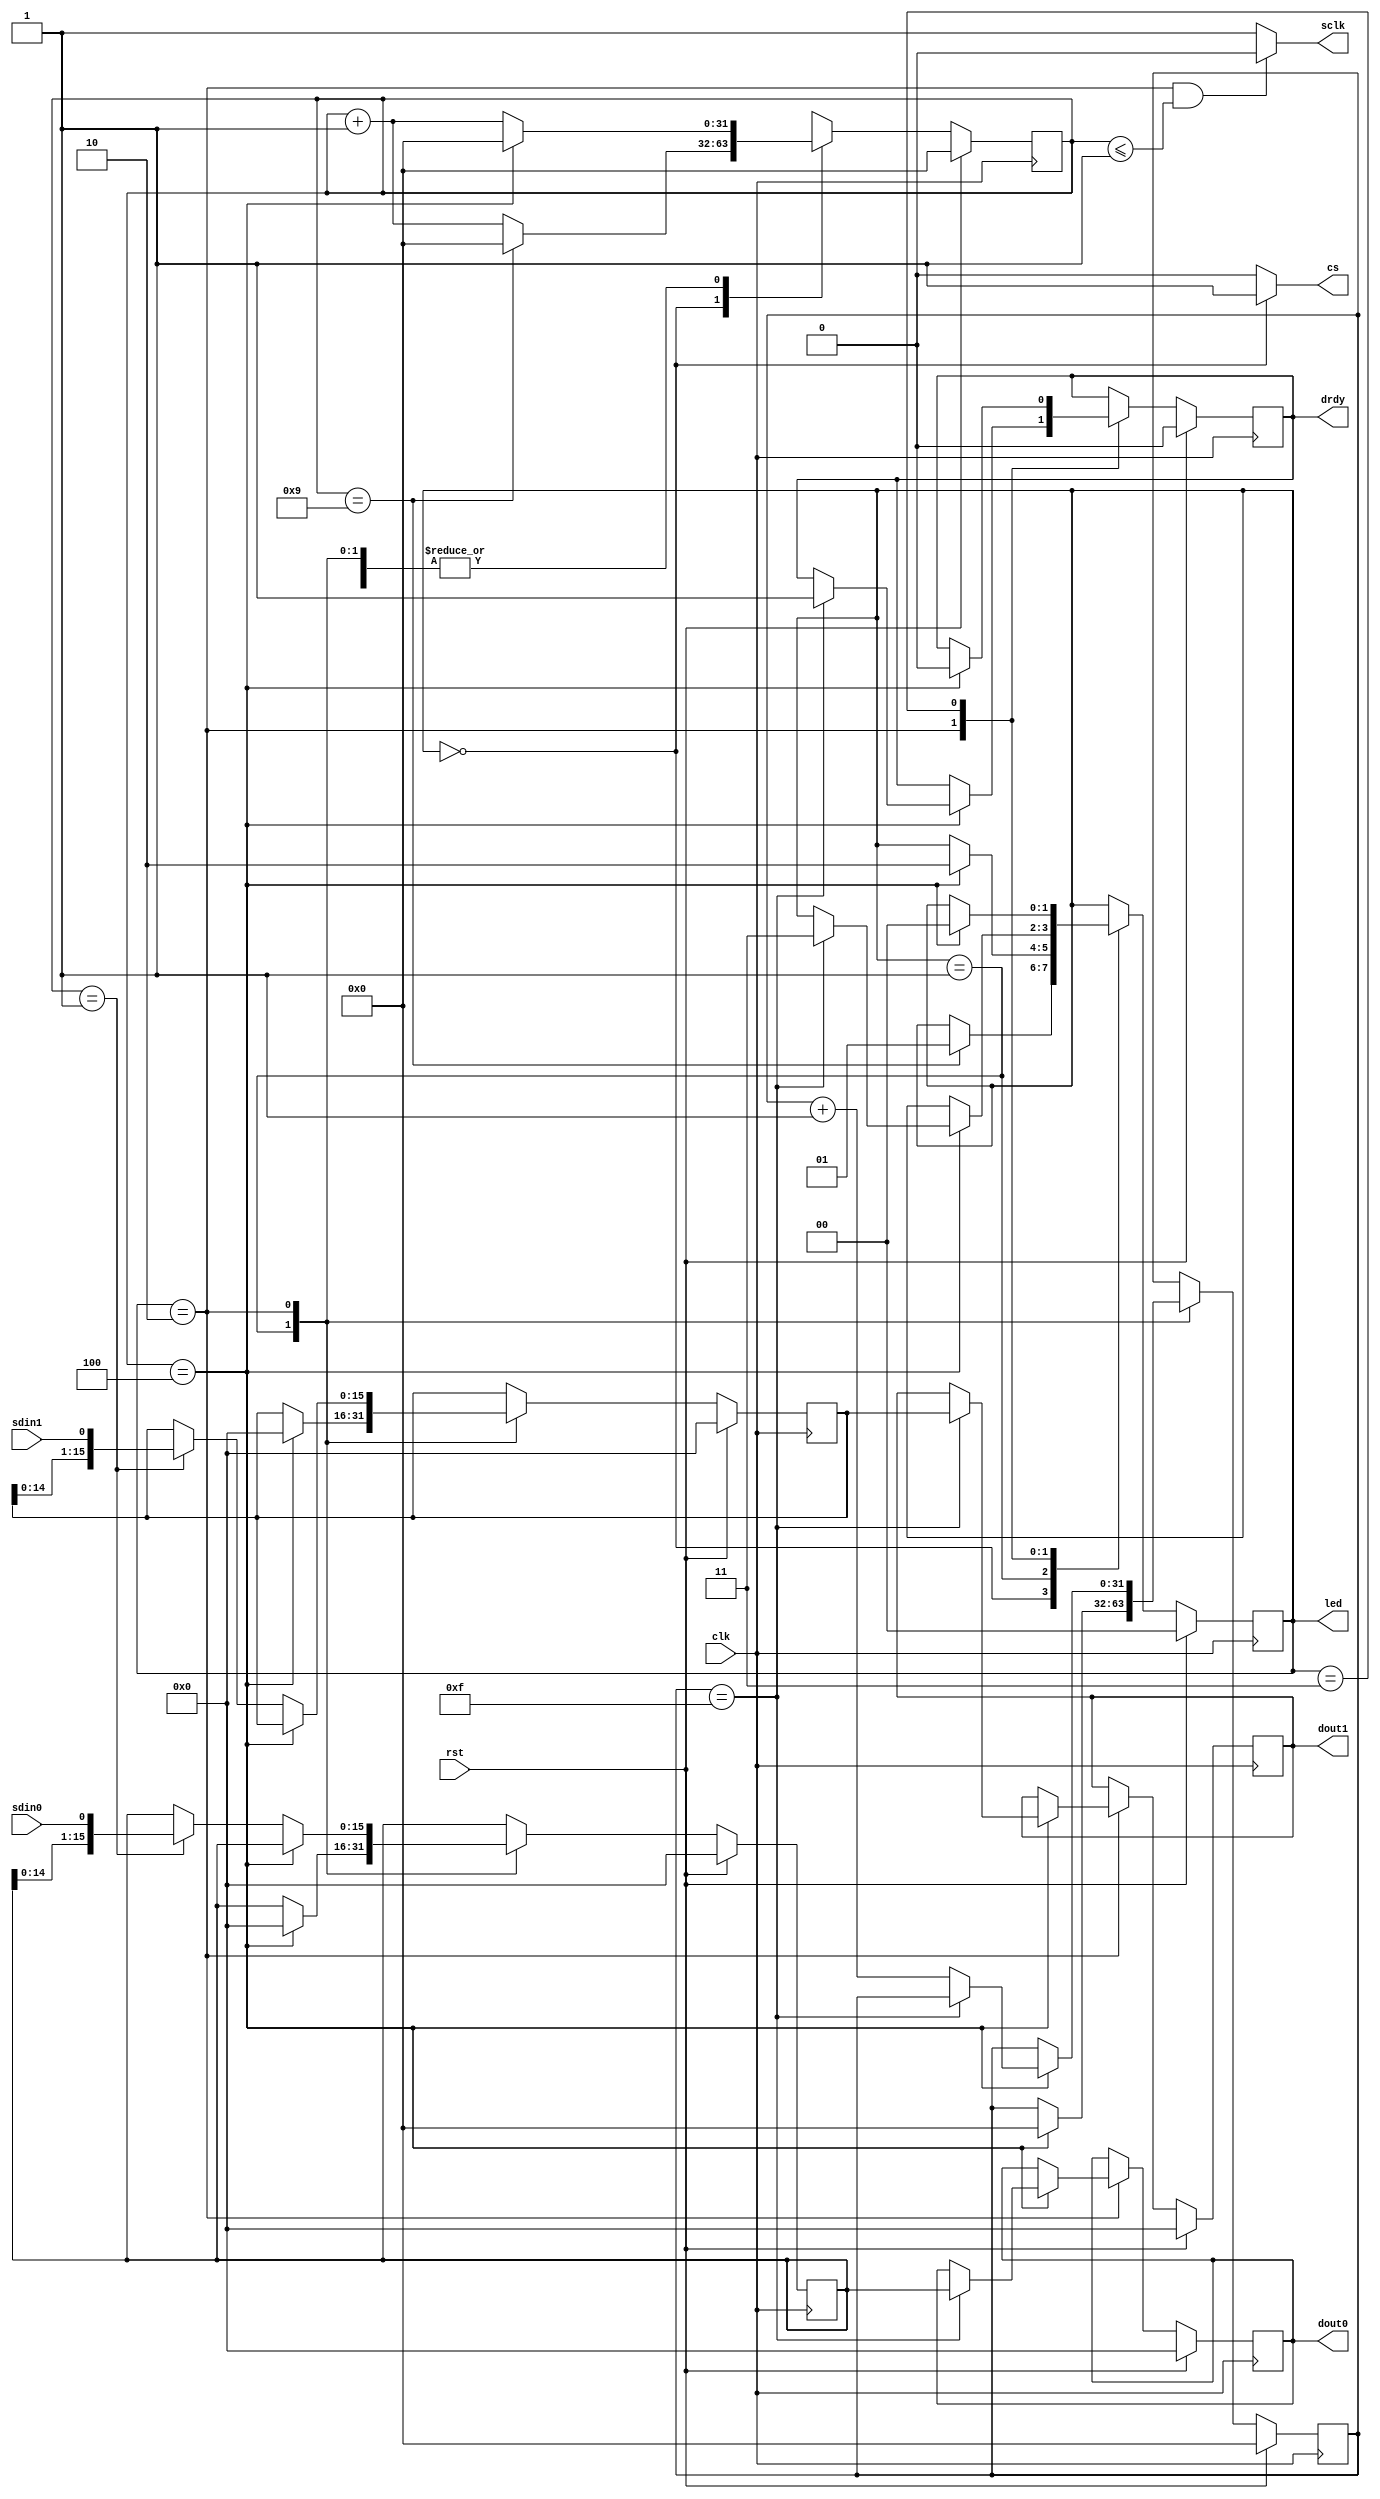
`timescale 1ns / 1ps
//////////////////////////////////////////////////////////////////////////////////
// Company: DigilentInc
// 
// Module Name: ad1_spi
// Project Name: PmodAD1 IP
// Description: SPI Controller, continuously polls the AD1 SPI.
// 
// Revision:
// Revision 0.01 - File Created
// Additional Comments:
// 
//////////////////////////////////////////////////////////////////////////////////


module ad1_spi (
    clk,
    rst,
    cs,
    sdin0,
    sdin1,
    sclk,
    drdy,
    dout0,
    dout1
    
    ,led
);
    parameter INCLUDE_DEBUG_INTERFACE     = 1;
    parameter CLOCKS_PER_BIT              = 5;//1 bit per 50ns 16bit * 50 = 800ns
    parameter CLOCKS_BEFORE_DATA          = 5;//50ns
    parameter CLOCKS_AFTER_DATA           = 5;//50ns
    parameter CLOCKS_BETWEEN_TRANSACTIONS = 10;//100ns
    localparam BITS_PER_TRANSACTION       = 16;
    localparam BIT_HALFWAY_CLOCK = CLOCKS_PER_BIT>>1;

    input clk;
    input rst;
//    reg [15:0] dout0 = 0;
//    reg [15:0] dout1 = 0;
    output cs;
    input sdin0;
    input sdin1;
    output sclk;//period=50ns
    output reg drdy = 0; // data ready flag
    output reg [15:0] dout0 = 0;
    output reg [15:0] dout1 = 0;
    output [1:0] led;
    
    localparam S_HOLD        = 0; // 100ns
    localparam S_FRONT_PORCH = 1; // 50ns
    localparam S_SHIFTING    = 2; // 16*sclk.per
    localparam S_BACK_PORCH  = 3; // 50ns
        
    reg [1:0] state = S_HOLD;
    reg [31:0] count0 = 0;
    reg [31:0] count1 = 0;
    reg [15:0] shft0 = 0;
    reg [15:0] shft1 = 0;
    
    assign cs = (state == S_HOLD) ? 1 : 0;
    assign sclk = (state == S_SHIFTING && count0 <= BIT_HALFWAY_CLOCK-1) ? 0 : 1;
    
    generate if (INCLUDE_DEBUG_INTERFACE == 1)
        assign led = state;
    endgenerate
    
    always@(posedge clk)
        if (rst == 1) begin
            drdy <= 0;
            dout0 <= 0;
            dout1 <= 0;
            state <= S_HOLD;
            count0 <= 0;
            count1 <= 0;
            shft0 <= 0;
            shft1 <= 0;
        end else case (state)
        S_HOLD: if (count0 == CLOCKS_BETWEEN_TRANSACTIONS-1) begin
            state <= S_FRONT_PORCH;
            count0 <= 0;
        end else
            count0 <= count0 + 1;
        S_FRONT_PORCH: if (count0 == CLOCKS_BEFORE_DATA-1) begin
            state <= S_SHIFTING;
            count0 <= 0;
            count1 <= 0;
            shft0 <= 0;
            shft1 <= 0;
        end else
            count0 <= count0 + 1;
        S_SHIFTING: if (count0 == CLOCKS_PER_BIT-1) begin
            count0 <= 0;
            if (count1 == BITS_PER_TRANSACTION-1) begin
                dout0 <= shft0;
                dout1 <= shft1;
                drdy <= 1;
                state <= S_BACK_PORCH;
            end else
                count1 <= count1 + 1;
        end else begin
            count0 <= count0 + 1;
            if (count0 == BIT_HALFWAY_CLOCK-1) begin
                shft0 <= {shft0[14:0], sdin0};
                shft1 <= {shft1[14:0], sdin1};
            end
        end
        S_BACK_PORCH: if (count0 == CLOCKS_AFTER_DATA-1) begin
            count0 <= 0;
            drdy <= 0;
            state <= S_HOLD;
        end else
            count0 <= count0 + 1;
        endcase
        
endmodule